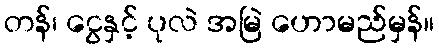
တန်၊ ငွေနှင့် ပုလဲ အမြဲ ဟောမည်မှန်။